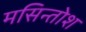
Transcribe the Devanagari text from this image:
मसिन्तोश